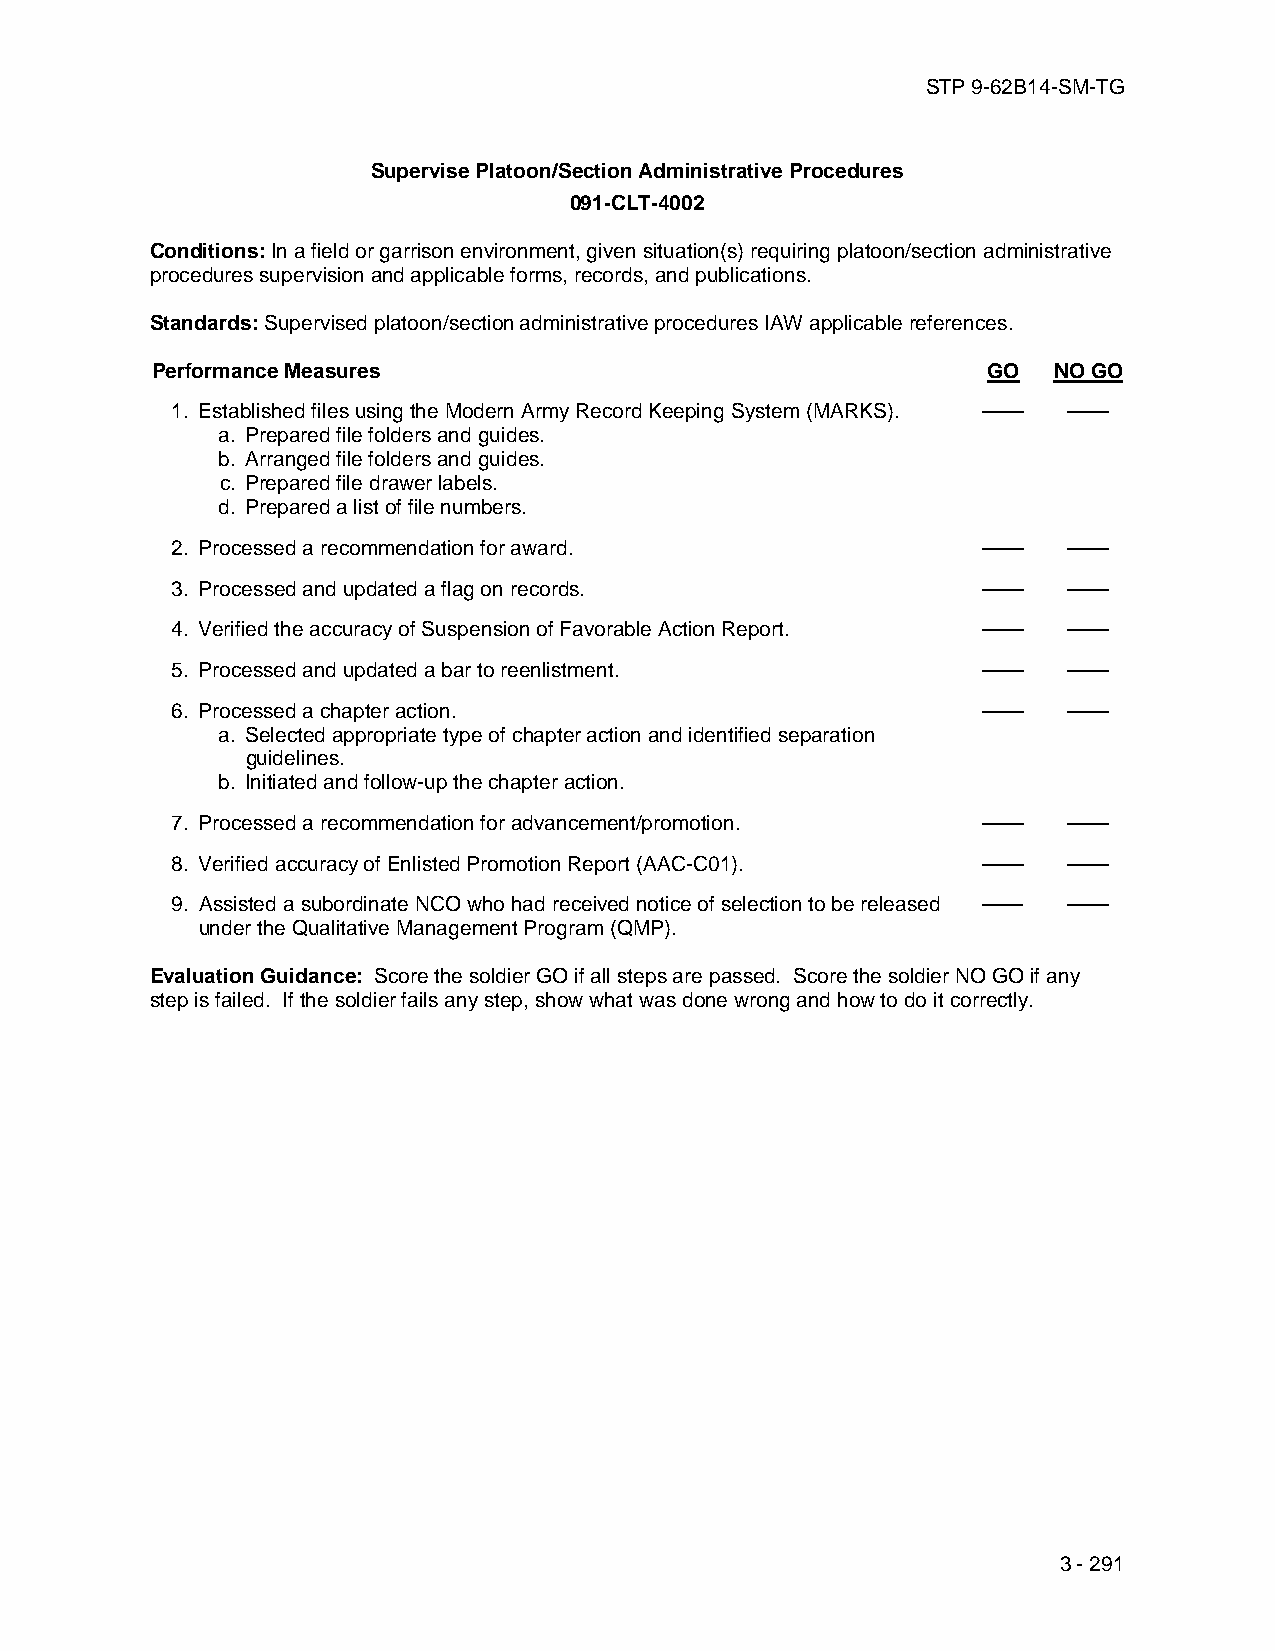
STP 9-62B14-SM-TG
 Supervise Platoon/Section Administrative Procedures
 091-CLT-4002
 Conditions: In a field or garrison environment, given situation(s) requiring platoon/section administrative
 procedures supervision and applicable forms, records, and publications.
 Standards: Supervised platoon/section administrative procedures IAW applicable references.
 Performance Measures                                   GO   NO GO
 1. Established files using the Modern Army Record Keeping System (MARKS). —— ——
 a. Prepared file folders and guides.
 b. Arranged file folders and guides.
 c. Prepared file drawer labels.
 d. Prepared a list of file numbers.
 2. Processed a recommendation for award.              ——    ——
 3. Processed and updated a flag on records.           ——    ——
 4. Verified the accuracy of Suspension of Favorable Action Report. —— ——
 5. Processed and updated a bar to reenlistment.       ——    ——
 6. Processed a chapter action.                        ——    ——
 a. Selected appropriate type of chapter action and identified separation
 guidelines.
 b. Initiated and follow-up the chapter action.
 7. Processed a recommendation for advancement/promotion. —— ——
 8. Verified accuracy of Enlisted Promotion Report (AAC-C01). —— ——
 9. Assisted a subordinate NCO who had received notice of selection to be released —— ——
 under the Qualitative Management Program (QMP).
 Evaluation Guidance: Score the soldier GO if all steps are passed. Score the soldier NO GO if any
 step is failed. If the soldier fails any step, show what was done wrong and how to do it correctly.
 3 - 291